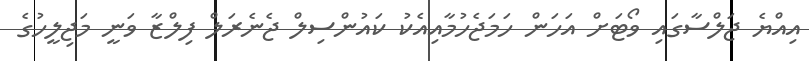
އިއްޔެ ޖަލްސާގައި ވޯޓަށް އަހަން ހަމަޖެހުމާއިއެކު ކައުންސިލް ޖެނެރަލް ފިލްޒާ ވަނީ މަޖިލީހުގެ